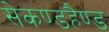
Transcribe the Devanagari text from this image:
सेकण्डहैण्ड